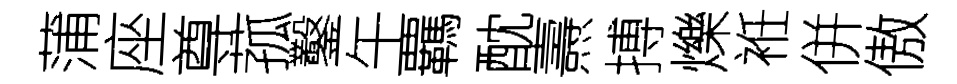
蒲座尊菰鑿午覊酖燾搏爍袵併傲